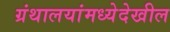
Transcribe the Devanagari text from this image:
ग्रंथालयांमध्येदेखील